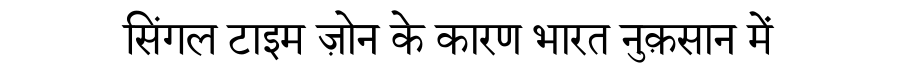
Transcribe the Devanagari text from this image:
सिंगल टाइम ज़ोन के कारण भारत नुक़सान में